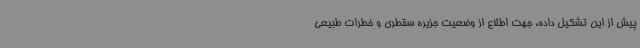
پیش از این تشکیل داده، جهت اطلاع از وضعیت جزیره سقطری و خطرات طبیعی